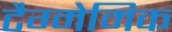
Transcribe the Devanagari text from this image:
टैग्मेमिक